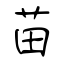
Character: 苗